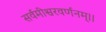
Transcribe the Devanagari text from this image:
सर्वमीश्वरवर्णनम्।।